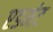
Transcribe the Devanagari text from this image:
एडमंट